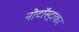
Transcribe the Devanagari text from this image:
नोटॉस्ट्राका